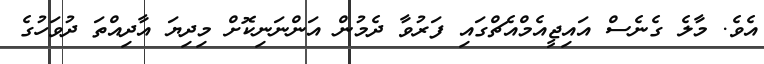
އެވެ. މާލެ ގެނެސް އައިޖީއެމްއެޗްގައި ފަރުވާ ދެމުން އަންނަނިކޮށް މިދިޔަ އާދިއްތަ ދުވަހުގެ